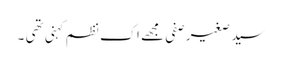
سید صغیر صفی مجھے اک نظم کہنی تھی ۔